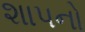
શાપનો